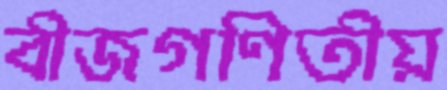
বীজগণিতীয়